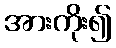
အားကိုး၍